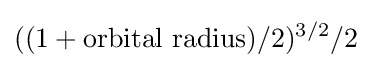
((1+{\text{orbital radius}})/2)^{3/2}/2